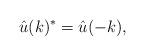
LaTeX: \begin{align*}\hat{u}(k)^{*}=\hat{u}(-k),\end{align*}